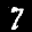
Label: 7